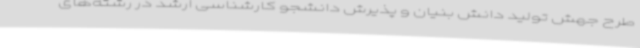
طرح جهش تولید دانش بنیان و پذیرش دانشجو کارشناسی ارشد در رشته‌های